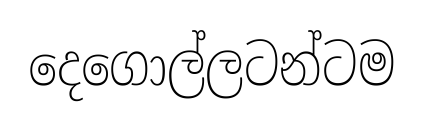
දෙගොල්ලටන්ටම